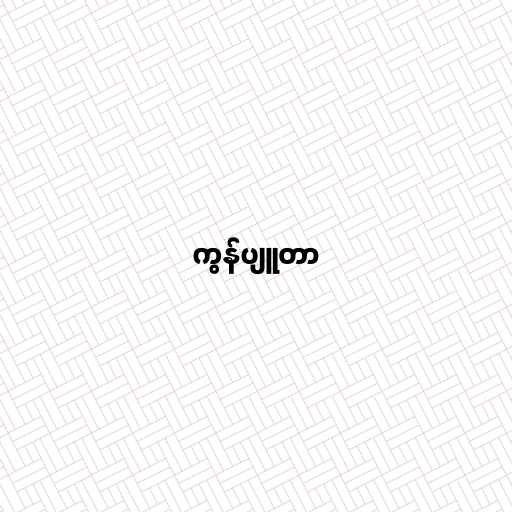
ကွန်ပျူတာ